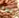
بها